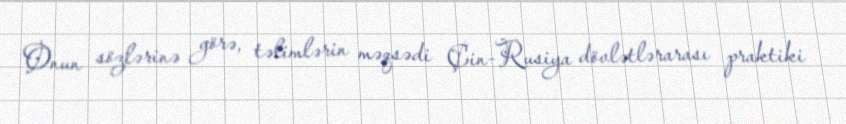
Onun sözlərinə görə, təlimlərin məqsədi Çin-Rusiya dövlətlərarası praktiki